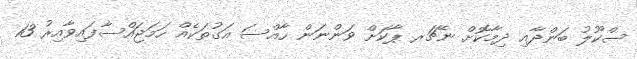
ސްކޫލު ބަންދާއި ދިމާކޮށް ނޭޗަރ ޕާކަށް ވަންނަން ހާއްސަ އަގުތަކެއް ހަމަޖައްސާފައިވާއިރު 13